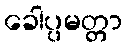
ခေါပ္ပမတ္တာ